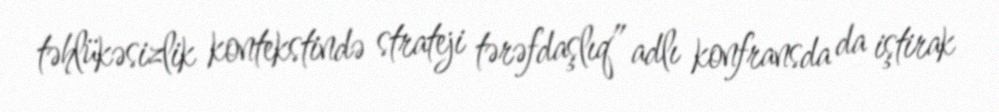
təhlükəsizlik kontekstində strateji tərəfdaşlıq” adlı konfransda da iştirak